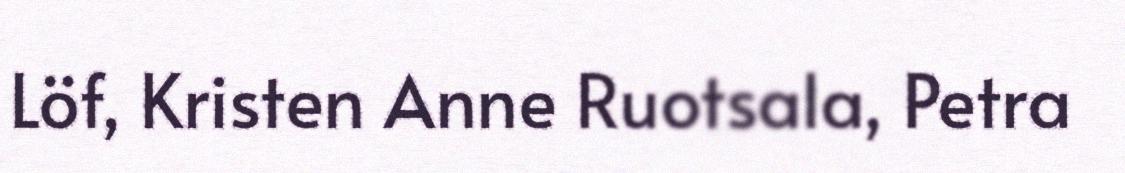
Löf, Kristen Anne Ruotsala, Petra